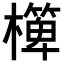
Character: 𣝁